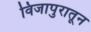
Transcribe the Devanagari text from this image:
विजापुरातून